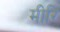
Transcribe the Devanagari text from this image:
मीरि